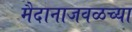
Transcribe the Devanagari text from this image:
मैदानाजवळच्या